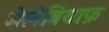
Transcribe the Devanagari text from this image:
मेलेबियाफ़